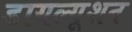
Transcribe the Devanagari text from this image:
डायल्यूशन